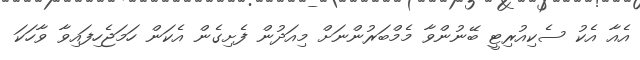
އެއާ އެކު ސެކިއުރިޓީ ބޭނުންވާ މެމްބަރުންނަށް މިއަދުން ފެށިގެން އެކަން ހަމަޖެހިފައިވާ ވާހަކަ